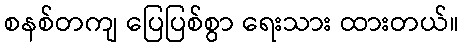
စနစ်တကျ ပြေပြစ်စွာ ရေးသား ထားတယ်။